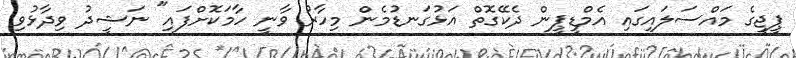
ޕީޖީގެ މައްސަލައިގައި އެމްޑީޕީން ދެކޭގޮތް އަޅުގަނޑުމެން މިހާރު ވާނީ ހާމަކޮށްފައި" ނަޝީދު ވިދާޅުވި